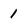
Character: 1